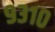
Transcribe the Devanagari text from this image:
९३१०